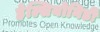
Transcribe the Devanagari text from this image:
हेल्सियोनिडी